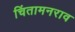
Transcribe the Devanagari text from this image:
चिंतामनराव